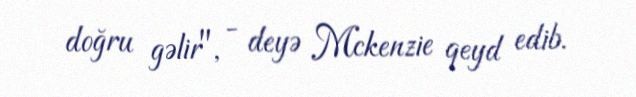
doğru gəlir", - deyə Mckenzie qeyd edib.